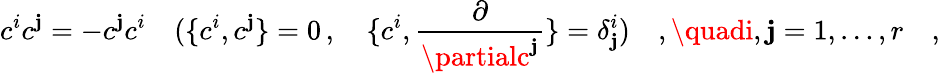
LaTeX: c^{i}c^{\mathbf{j}}=-c^{\mathbf{j}}c^{i}\quad(\{ c^{i},c^{\mathbf{j}}\} =0\, ,\quad\{ c^{i},{\frac{{\partial}}{{\partialc^{\mathbf{j}}}}}\} =\delta_{\mathbf{j}}^{i})\quad,\quadi,\mathbf{j}=1,\dots,r\quad,